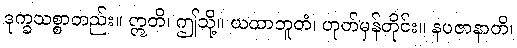
ဒုက္ခသစ္စာတည်း။ ဣတိ၊ ဤသို့။ ယထာဘူတံ၊ ဟုတ်မှန်တိုင်း။ နပဇာနာတိ၊